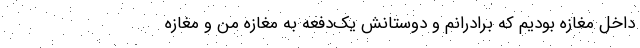
داخل مغازه بودیم که برادرانم و دوستانش یک‌دفعه به مغازه من و مغازه